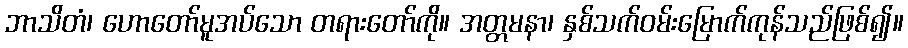
ဘာသိတံ၊ ဟောတော်မူအပ်သော တရားတော်ကို။ အတ္တမနာ၊ နှစ်သက်ဝမ်းမြောက်ကုန်သည်ဖြစ်၍။